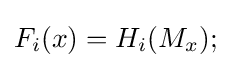
F_{i}(x)=H_{i}(M_{x});\